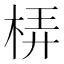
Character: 梇